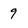
Character: 9